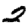
Digit: 2